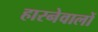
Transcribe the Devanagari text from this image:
हारनेवालों